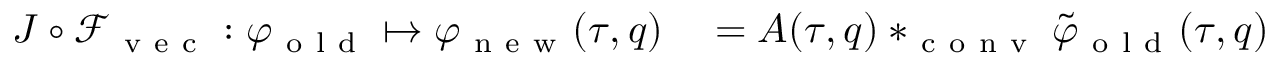
\begin{array} { r l } { J \circ \mathcal { F } _ { \mathrm { ~ v ~ e ~ c ~ } } : \varphi _ { \mathrm { ~ o ~ l ~ d ~ } } \mapsto \varphi _ { \mathrm { ~ n ~ e ~ w ~ } } ( \tau , q ) } & { { } = A ( \tau , q ) * _ { \mathrm { ~ c ~ o ~ n ~ v ~ } } \tilde { \varphi } _ { \mathrm { ~ o ~ l ~ d ~ } } ( \tau , q ) } \end{array}